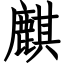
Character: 麒